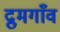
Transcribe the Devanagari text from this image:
द्रुमगाँव